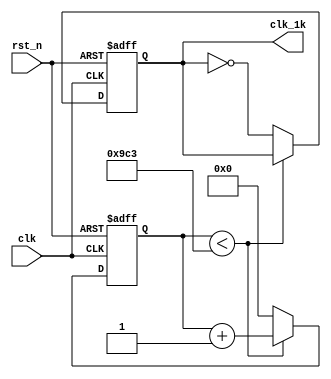
module freq (clk,rst_n,clk_1k);
	input clk;    // Clock  50Mhz
	input rst_n;  // Asynchronous reset active low
	output reg clk_1k;

	reg [15:0]counter;

	parameter [11:0]counter_num =  50_000_000 / 10_000 / 2 -1;            //10K  1001 1100 0011  =2499
	always @(posedge clk or negedge rst_n) 
	begin : proc_
		if(~rst_n) 
			begin
				 clk_1k <= 0;
				counter <= 16'd0;
			end 
		else 
			begin
				if(counter < counter_num ) 
					begin
						counter <= counter +1;

					end
				else
					begin
						counter <= 0;
						clk_1k <= ~clk_1k;
					end

			end
	end


endmodule